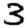
Digit: 3